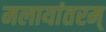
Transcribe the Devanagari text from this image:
मलायांतरम्‌